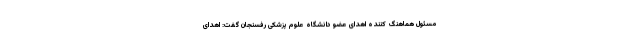
مسئول هماهنگ کننده اهدای عضو دانشگاه علوم پزشکی رفسنجان گفت: اهدای